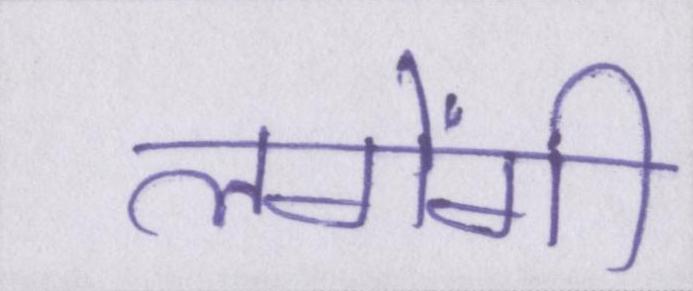
लगेंगी